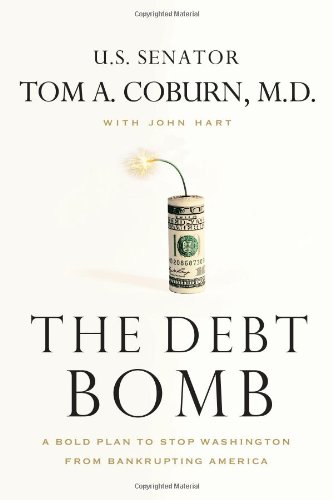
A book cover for The Debt Bomb: A Bold Plan to Stop Washington from Bankrupting America; Senator Tom Coburn; Business & Money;